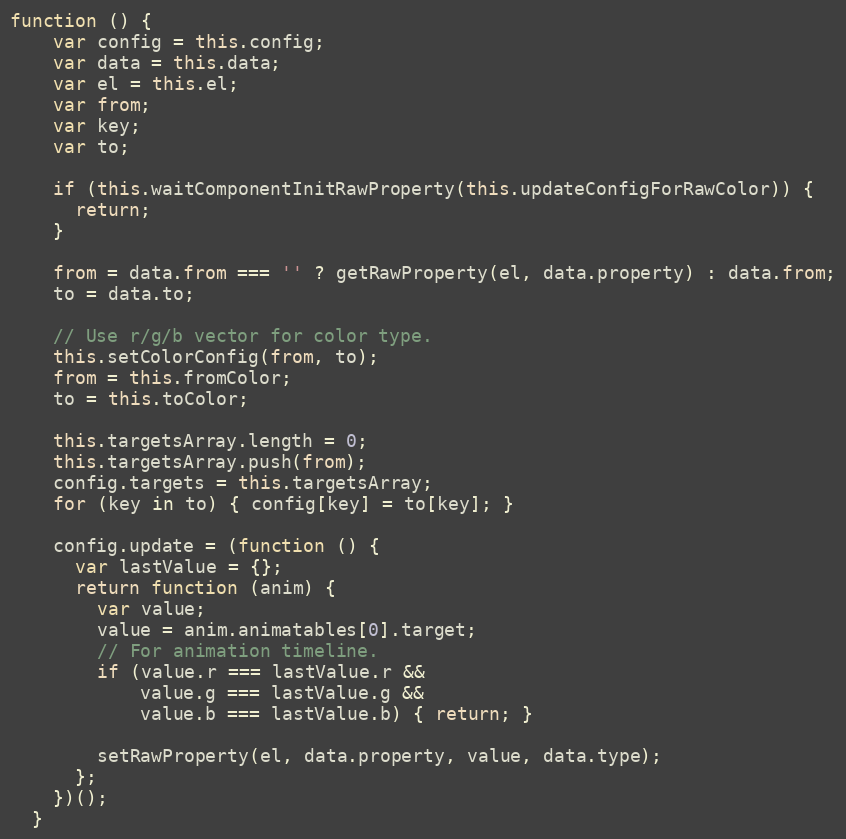
Language: JavaScript
function () {
    var config = this.config;
    var data = this.data;
    var el = this.el;
    var from;
    var key;
    var to;

    if (this.waitComponentInitRawProperty(this.updateConfigForRawColor)) {
      return;
    }

    from = data.from === '' ? getRawProperty(el, data.property) : data.from;
    to = data.to;

    // Use r/g/b vector for color type.
    this.setColorConfig(from, to);
    from = this.fromColor;
    to = this.toColor;

    this.targetsArray.length = 0;
    this.targetsArray.push(from);
    config.targets = this.targetsArray;
    for (key in to) { config[key] = to[key]; }

    config.update = (function () {
      var lastValue = {};
      return function (anim) {
        var value;
        value = anim.animatables[0].target;
        // For animation timeline.
        if (value.r === lastValue.r &&
            value.g === lastValue.g &&
            value.b === lastValue.b) { return; }

        setRawProperty(el, data.property, value, data.type);
      };
    })();
  }